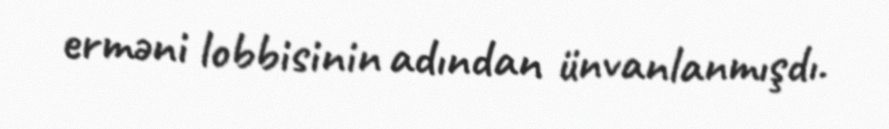
erməni lobbisinin adından ünvanlanmışdı.